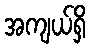
အကျယ်ရှိ